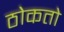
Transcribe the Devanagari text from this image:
ठोकतो